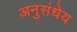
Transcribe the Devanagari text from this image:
अनुसंधेय